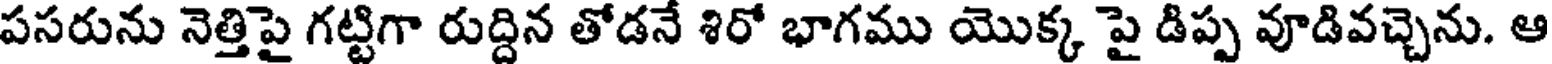
పసరును నెత్తిపై గట్టిగా రుద్దిన తోడనే శిరో భాగము యొక్క పై డిప్ప వూడివచ్చెను. ఆ